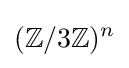
(\mathbb {Z} /3\mathbb {Z} )^{n}